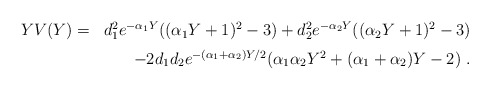
\begin{align*}\begin{array}{lr}Y V(Y) =&d_1^2 e^{-\alpha_1 Y} ((\alpha_1 Y+1)^2-3)+ d_2^2 e^{-\alpha_2 Y} ((\alpha_2 Y+1)^2-3) \vspace{2mm}\\&- 2d_1d_2 e^{-(\alpha_1+\alpha_2) Y/2}(\alpha_1\alpha_2 Y^2+(\alpha_1+\alpha_2)Y-2) \ .\end{array}\end{align*}